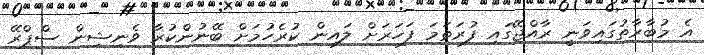
އެ މުބާރާތުގައިވަނީ ރާއްޖޭގައި ފުރަތަމަ ފަހަރަށް ލައިން ކުރެހުމަށް ބޭނުންކުރާ ވެނިޝިން ސްޕްރޭ